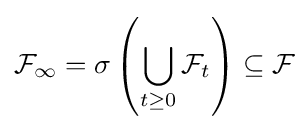
{\mathcal {F}}_{\infty }=\sigma \left(\bigcup _{t\geq 0}{\mathcal {F}}_{t}\right)\subseteq {\mathcal {F}}